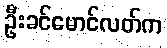
ဦးခင်မောင်လတ်က